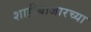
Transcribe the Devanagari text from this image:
शाहीबाजारच्या